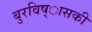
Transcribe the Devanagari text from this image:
बुरविष्ासकी